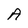
Character: A